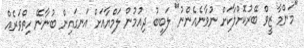
"މަންމާ ޒީވް ބޭރުކޮށްލާކަށް ނުވާނެއެންނު" ލަބީބު ދިއުމުން ލަމްޔާއަށް އަނގައިން ބުނާނޭ ހިތްވަރެއް